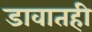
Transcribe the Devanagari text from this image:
डावातही